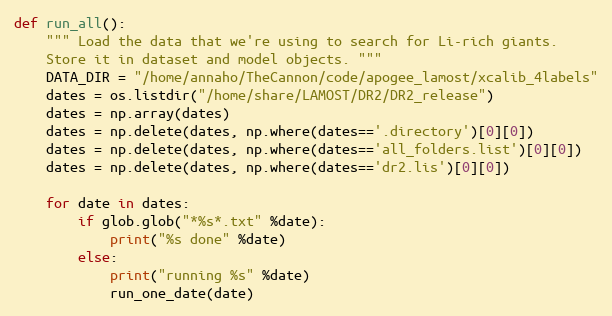
Language: Python
def run_all():
    """ Load the data that we're using to search for Li-rich giants.
    Store it in dataset and model objects. """
    DATA_DIR = "/home/annaho/TheCannon/code/apogee_lamost/xcalib_4labels"
    dates = os.listdir("/home/share/LAMOST/DR2/DR2_release")
    dates = np.array(dates)
    dates = np.delete(dates, np.where(dates=='.directory')[0][0])
    dates = np.delete(dates, np.where(dates=='all_folders.list')[0][0])
    dates = np.delete(dates, np.where(dates=='dr2.lis')[0][0])

    for date in dates:
        if glob.glob("*%s*.txt" %date):
            print("%s done" %date)
        else:
            print("running %s" %date)
            run_one_date(date)